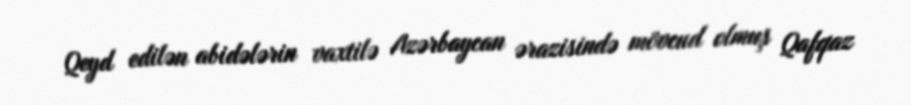
Qeyd edilən abidələrin vaxtilə Azərbaycan ərazisində mövcud olmuş Qafqaz